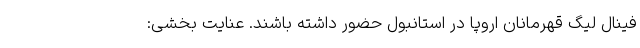
فینال لیگ قهرمانان اروپا در استانبول حضور داشته باشند. عنایت بخشی: